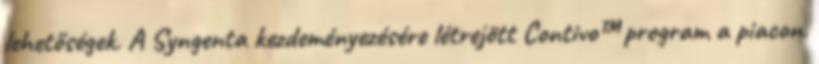
lehetőségek. A Syngenta kezdeményezésére létrejött Contivo™ program a piacon.